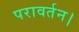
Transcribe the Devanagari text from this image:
परावर्तन।